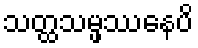
သတ္ထသမ္ဖဿေနပိ